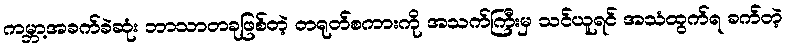
ကမ္ဘာ့အခက်ခဲဆုံး ဘာသာတခုဖြစ်တဲ့ တရုတ်စကားကို အသက်ကြီးမှ သင်ယူရင် အသံထွက်ရ ခက်တဲ့